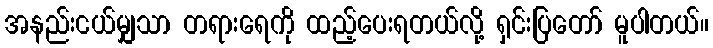
အနည်းငယ်မျှသာ တရားရေကို ထည့်ပေးရတယ်လို့ ရှင်းပြတော် မူပါတယ်။